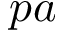
p a